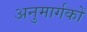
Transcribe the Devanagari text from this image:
अनुमार्गकों